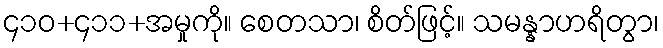
၄၁၀+၄၁၁+အမှုကို။ စေတသာ၊ စိတ်ဖြင့်။ သမန္နာဟရိတွာ၊